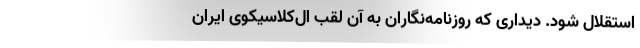
استقلال شود. دیداری که روزنامه‌نگاران به آن لقب ال‌کلاسیکوی ایران